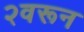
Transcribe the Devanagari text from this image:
२वरून